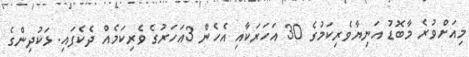
މިއަށްވުރެ މާބޮޑު އަނިޔާވެރިކަމުގެ 30 އަހަރަކާއި އެހެން 3އަހަރުގެ ވެރިކަމެއް ދެކެފައި. ޅަކުދިންގެ